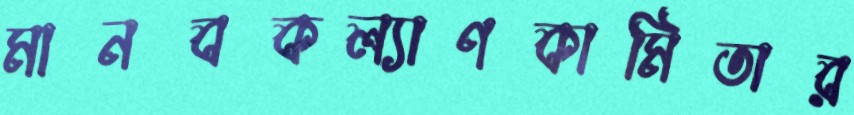
মানবকল্যাণকামিতার